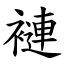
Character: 褳